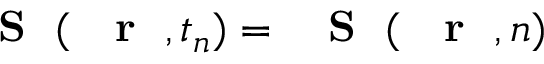
\mathrm { ~ { ~ \bf ~ S ~ } ~ } ( \mathrm { ~ { ~ \bf ~ r ~ } ~ } , t _ { n } ) = \mathrm { ~ { ~ \bf ~ S ~ } ~ } ( \mathrm { ~ { ~ \bf ~ r ~ } ~ } , n )